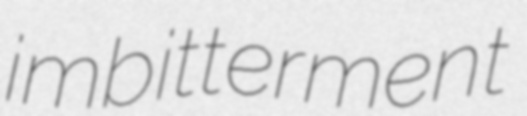
imbitterment